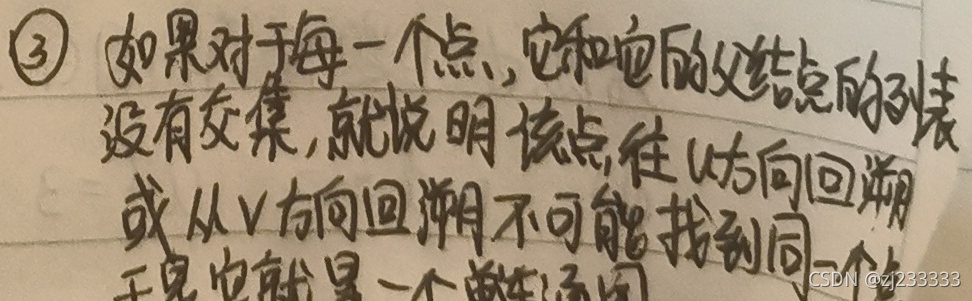
\textcircled{3} 如果对于每一个点，它和它的父结点的列表没有交集，就说明该点往\(u\)方向回溯或从\(v\)方向回溯不可能找到同一个点，于是该图就是一个单连通图。